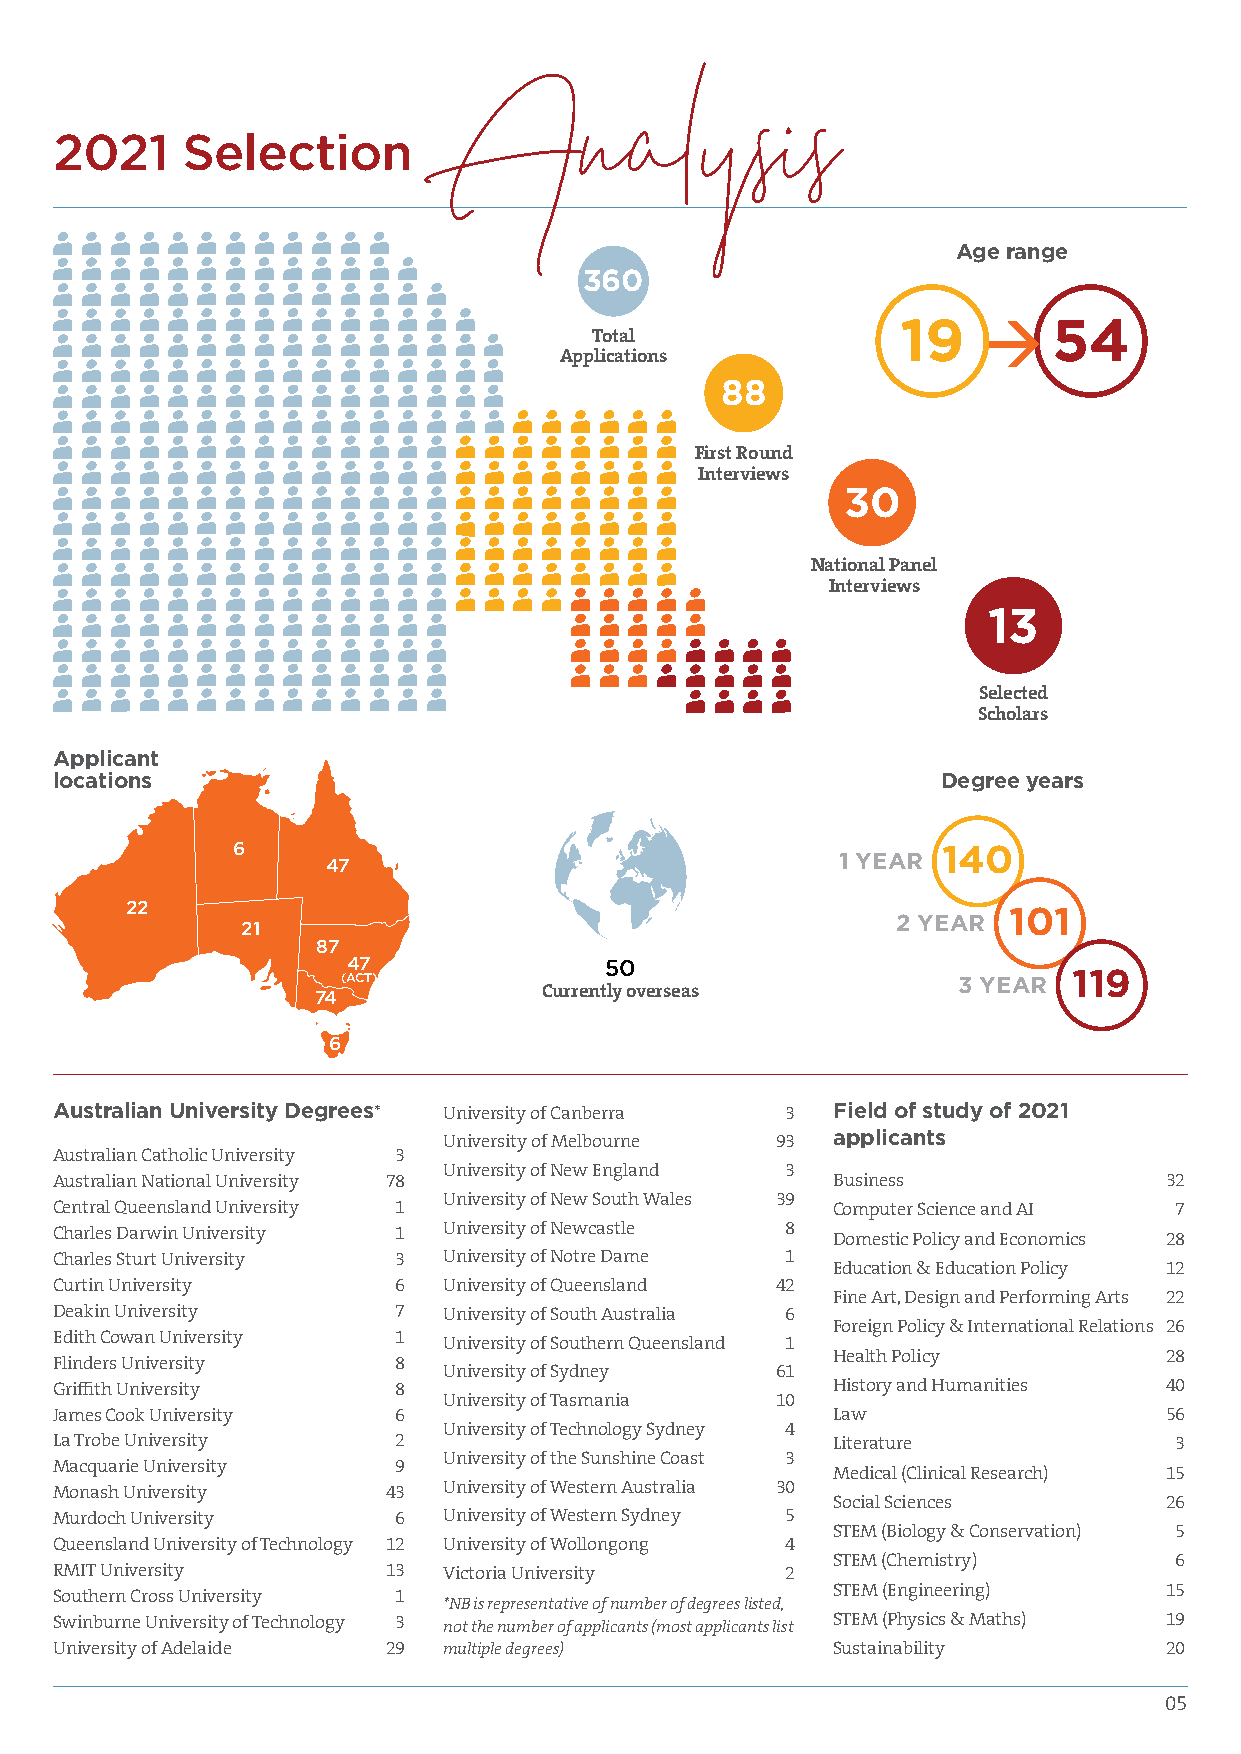
2021    Selection
 Age range
 Analysis
 360
 19        54
 Total
 Applications
 88
 First Round
 Interviews
 30
 National Panel
 Interviews
 13
 Selected
 Scholars
 Applicant
 locations                                                 Degree years
 6                                              140
 47                               1 YEAR
 22
 101
 2 YEAR
 21
 87
 47               50
 (ACT)                                   3 YEAR  119
 Currently overseas
 74
 6
 Australian University Degrees* University of Canberra 3 Field of study of 2021
 University of Melbourne 93 applicants
 Australian Catholic University 3
 University of New England 3
 Australian National University 78                  Business              32
 University of New South Wales 39
 Central Queensland University 1                    Computer Science and AI 7
 Charles Darwin University 1 University of Newcastle 8 Domestic Policy and Economics 28
 Charles Sturt University 3 University of Notre Dame 1
 Education & Education Policy 12
 Curtin University     6  University of Queensland 42
 Fine Art, Design and Performing Arts 22
 Deakin University     7  University of South Australia 6
 Foreign Policy & International Relations 26
 Edith Cowan University 1 University of Southern Queensland 1
 Health Policy         28
 Flinders University   8
 University of Sydney  61
 Griffith University   8                            History and Humanities 40
 University of Tasmania 10
 James Cook University 6                            Law                   56
 University of Technology Sydney 4
 La Trobe University   2                            Literature             3
 University of the Sunshine Coast 3
 Macquarie University  9                            Medical (Clinical Research) 15
 Monash University     43 University of Western Australia 30
 Social Sciences       26
 Murdoch University    6  University of Western Sydney 5
 STEM (Biology & Conservation) 5
 Queensland University of Technology 12 University of Wollongong 4
 STEM (Chemistry)       6
 RMIT University       13 Victoria University    2
 STEM (Engineering)    15
 Southern Cross University 1
 *NB is representative of number of degrees listed,
 Swinburne University of Technology 3 not the number of applicants (most applicants list STEM (Physics & Maths) 19
 University of Adelaide 29 multiple degrees)        Sustainability        20
 05